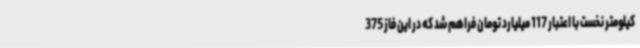
کیلومتر نخست با اعتبار 117 میلیارد تومان فراهم شد که در این فاز 375